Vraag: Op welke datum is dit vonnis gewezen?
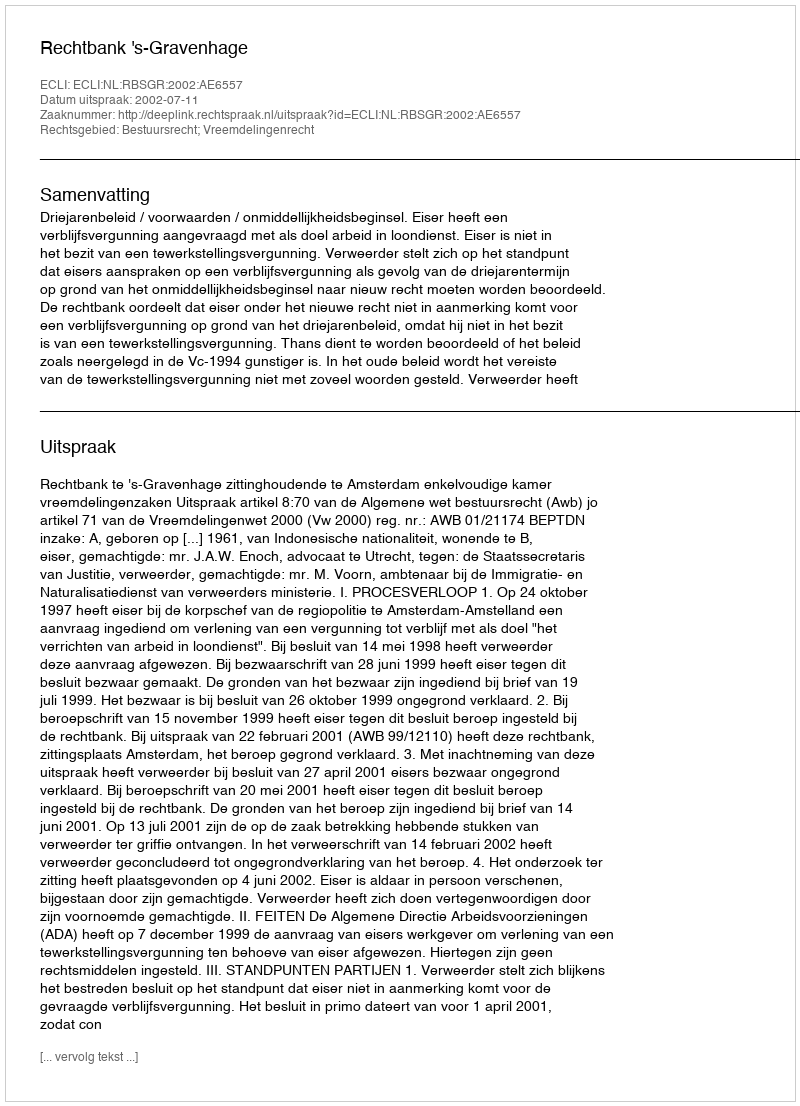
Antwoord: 2002-07-11